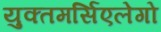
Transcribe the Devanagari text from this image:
युक्तमर्सिएलेगो